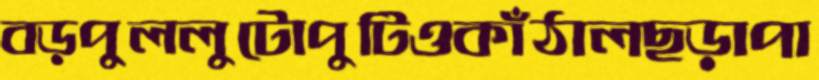
বড়পুললুটোপুটিওকাঁঠালছড়াপা